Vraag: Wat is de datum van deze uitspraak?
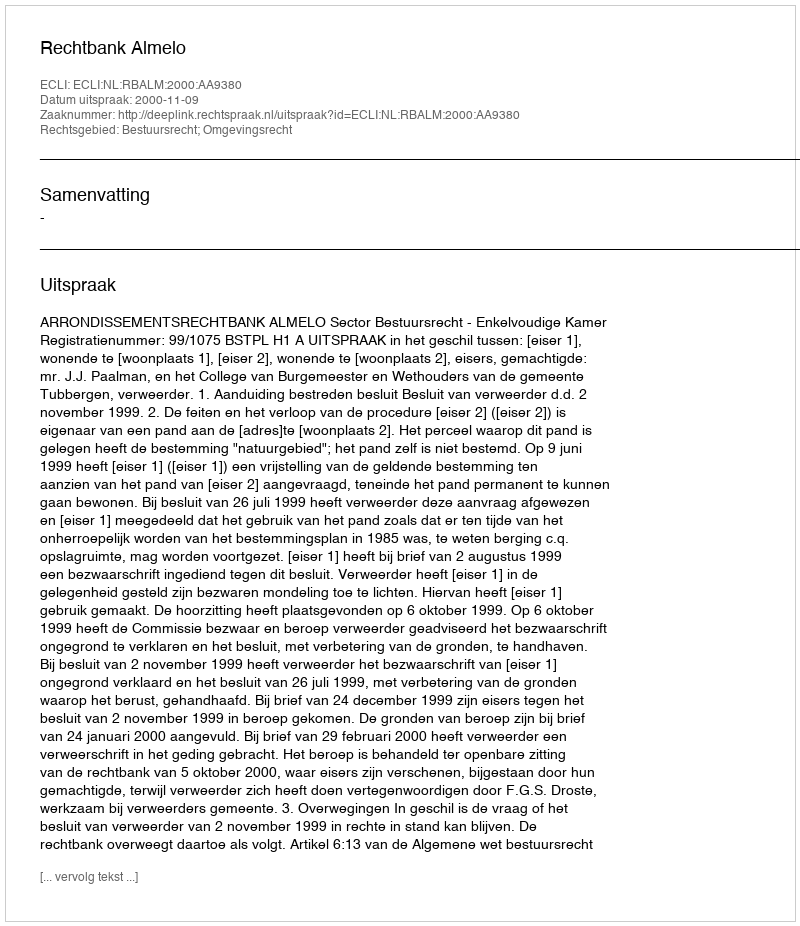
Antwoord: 2000-11-09